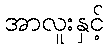
အာလူးနှင့်